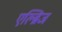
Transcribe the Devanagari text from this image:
एल्ब्रिज